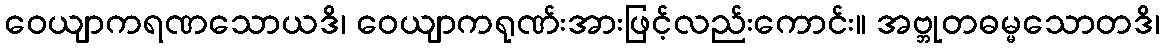
ဝေယျာကရဏသောယဒိ၊ ဝေယျာကရုဏ်းအားဖြင့်လည်းကောင်း။ အဗ္ဘုတဓမ္မသောတဒိ၊